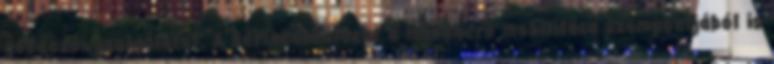
gondozói szolgálatot. A bérlakáshálózat a munkaerő mobilitása szempontjából is